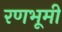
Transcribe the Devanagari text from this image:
रणभूमी